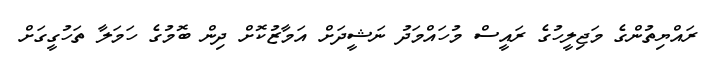
ރައްޔިތުންގެ މަޖިލީހުގެ ރައީސް މުހައްމަދު ނަޝީދަށް އަމާޒުކޮށް ދިން ބޮމުގެ ހަމަލާ ތަހުގީގަށް